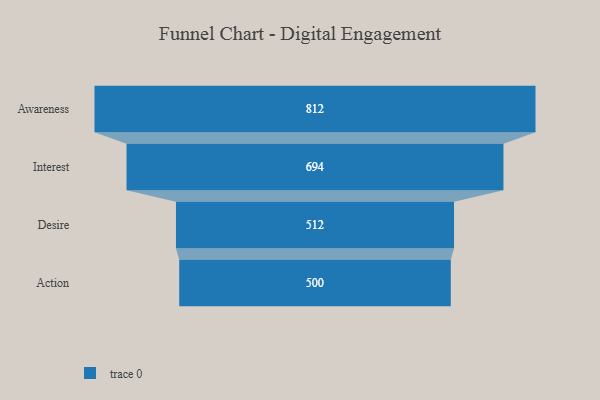
{"axis": {"x": "Stage", "y": "Value"}, "legend": [""], "data": [{"x": "Awareness", "y": 812.0, "type": ""}, {"x": "Interest", "y": 694.0, "type": ""}, {"x": "Desire", "y": 512.0, "type": ""}, {"x": "Action", "y": 500, "type": ""}]}